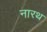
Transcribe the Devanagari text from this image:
नारथ